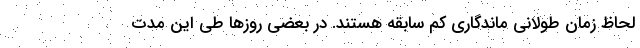
لحاظ زمان طولانی ماندگاری کم سابقه هستند. در بعضی روزها طی این مدت